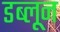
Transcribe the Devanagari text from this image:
डब्लून